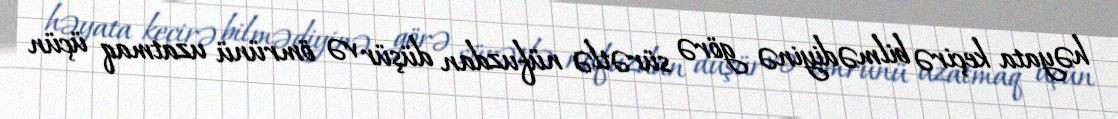
həyata keçirə bilmədiyinə görə sürətlə nüfuzdan düşür və ömrünü uzatmaq üçün